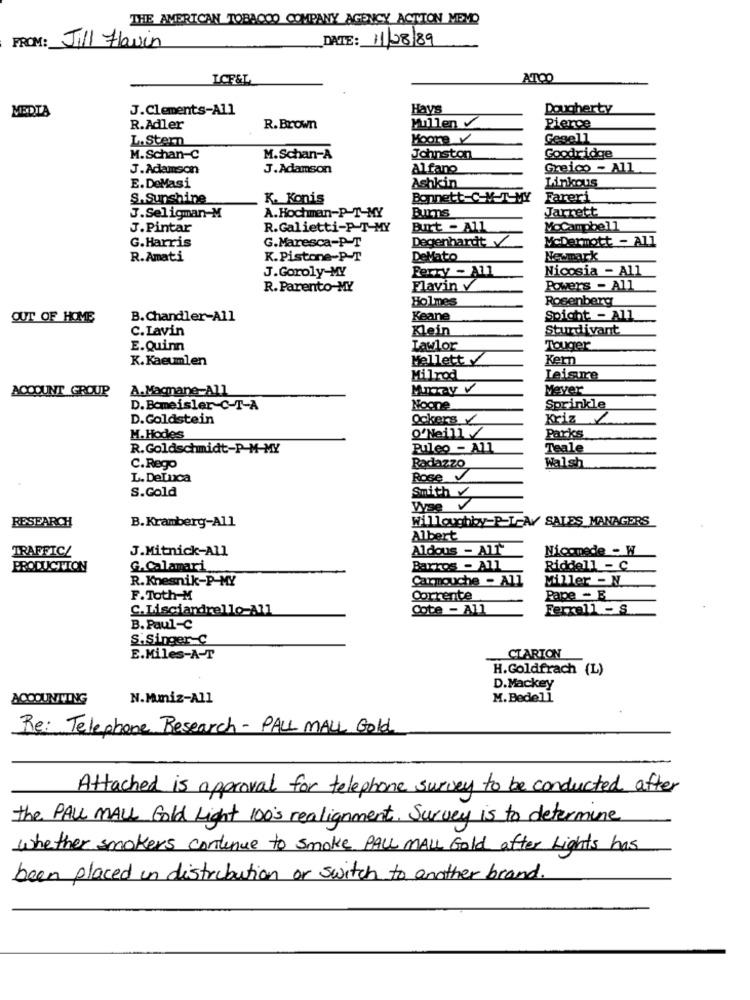
THE AMERICAN TOBACCO COMPANY AGENCY ACTION MEYD
DATE: 11/28/89
FROM: Jill Flavin
ICE&L
ATOO
MEDIA
J.Clements-All
Hays
Dougherty
R.Adler
R.Brown
Mullen
Pierce
L. Stern
Moore V
Gegell
M.Schan-c
M.Schan-A
Johnston
Goodridge
J.Adamson
J. Adamson
Alfano
Greico - All
Linkous
E.DeMasi
Ashkin
S.Sunshine
K. Konis
Bonnett C-V-T-MY
Fareri
A.Hochman-P-T-MY
Bums
Jarrett
J.Seligman-M
J.Pintar
R.Galietti-P-T-MY
Burt - All
MoCampbell
G.Harris
Degenhardt y
McDermott - All
G.Maresca-P-T
R.Amati
K. Pistone-P-T
DeMato
Newmark
J.Goroly-MY
Ferry - All
Nicosia - All
R. Parento-MY
Flavin v
Powers - All
Holmes
Rosenberg
OUT OF HOME
B.Chandler-All
Keane
Spight - All
C.Lavin
Klein
Sturdivant
E.Quinn
Lawlor
Touger
K. Kaeumlen
Mellett
Kern
Milrod
Leisure
ACCOUNT _GROUP
A. Magnane-All
MIray V
Meyer
D.Bomeisler-C-T-A
Noone
Sprinkle
D.Goldstein
Ockers /
Kriz
O Neill/
M. Hodes
Parks
R.Goldschmidt-P-M-MY
Puleo - All
Teale
Radazzo
C.Rego
Walsh
L. DeLuca
Rose
S.Gold
Smith
Wise
B. Kramberg-All
Willoughby-P-L-A/ SALES_MANAGERS
RESEARCH
Albert
TRAFFIC/
J.Mitnick-All
Aldous - All"
Nicomede - W
PRODUCTION
G.Calamari
Barros - All
Riddell - C
R.Knesnik-P-MY
Carmouche - All
Miller - N
F.Toth-M
Corrente
Pape - B
C.Lisciandrello-All
Cote - All
Ferrell - S
B. Paul-C
S. Singer C
E.Miles-A-T
CLARION
H.Goldfrach (L)
D.Mackey
ACCOUNTING
N.Mmiz-All
M. Bedell
Re: Telephone Research - PALL MALL Gold
Attached is approval for telephone survey to be conducted after
the PALL MALL Gold Light 100's realignment. Survey is to determine
whether smokers continue to smoke PALL MALL Gold after Lights has
been placed in distribution or switch to another brand.